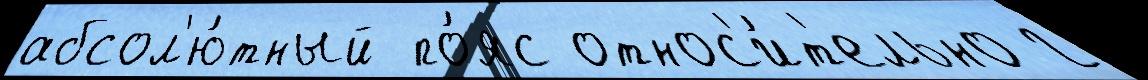
абсол'ю́тный по́яс относ'и́т'ельно г